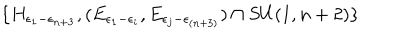
\{ H _ { \epsilon _ { 1 } - \epsilon _ { n + 3 } } , ( E _ { \epsilon _ { 1 } - \epsilon _ { i } } , E _ { \epsilon _ { j } - \epsilon _ { ( n + 3 ) } } ) \cap S U ( 1 , n + 2 ) \}